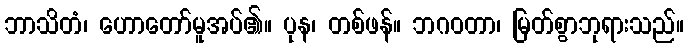
ဘာသိတံ၊ ဟောတော်မူအပ်၏။ ပုန၊ တစ်ဖန်။ ဘဂဝတာ၊ မြတ်စွာဘုရားသည်။